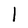
Character: I